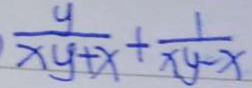
\frac { y } { x y + x } + \frac { 1 } { x y - x }